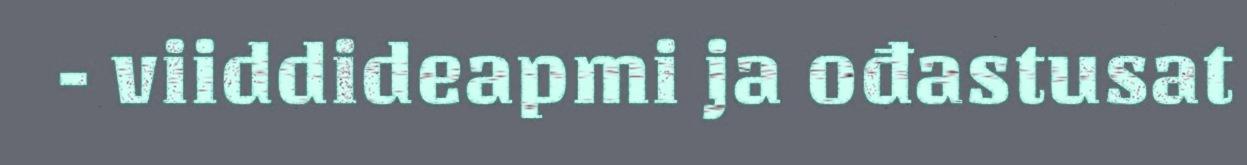
- viiddideapmi ja ođastusat